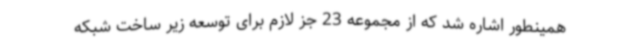
همینطور اشاره شد که از مجموعه 23 جز لازم برای توسعه زیر ساخت شبکه